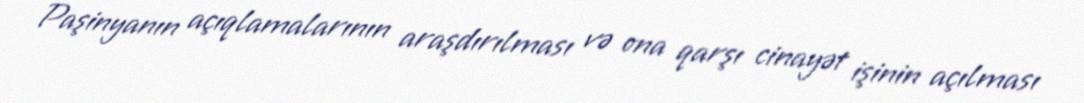
Paşinyanın açıqlamalarının araşdırılması və ona qarşı cinayət işinin açılması